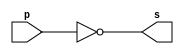
// ------------------------- 
// Exemplo0002 - NOT 
// Nome: Ailton Gomes 
// ------------------------- 
// ------------------------- 
// -- not gate 
// ------------------------- 
module notgate (output s, 
input p); 
assign s = ~p; 
endmodule // notgate 
// ------------------------- 
// -- test not gate 
// ------------------------- 
module testnotgate; 
// ------------------------- dados locais 
reg a; // definir registrador 
// (variavel independente) 
wire s; // definir conexao (fio) 
// (variavel dependente ) 
// ------------------------- instancia 
notgate NOT1 (s, a); 
// ------------------------- preparacao 
initial begin:start 
a=0; // valor inicial 
end 
// ------------------------- parte principal 
initial begin 
$display("Exemplo0002 - Ailton - 440092"); 
$display("Test NOT gate"); 
$display("\n~a = s\n"); 
a=0; 
#1 $display("~%b = %b", a, s); 
a=1; 
#1 $display("~%b = %b", a, s); 
end 
endmodule // testnotgate